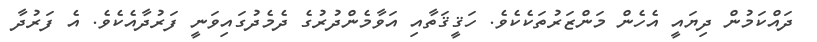
ދައްކަމުން ދިޔައީ އެހެން މަންޒަރުތަކެކެވެ. ހަޤީޤަތާއި އަވާމެންދުރުގެ ދެމެދުގައިވަނީ ފަރުދާއެކެވެ. އެ ފަރުދާ